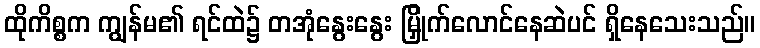
ထိုကိစ္စက ကျွန်မ၏ ရင်ထဲ၌ တအုံနွေးနွေး မြှိုက်လောင်နေဆဲပင် ရှိနေသေးသည်။